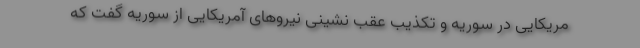
مریکایی در سوریه و تکذیب عقب نشینی نیروهای آمریکایی از سوریه گفت که